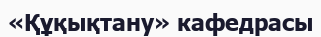
«Құқықтану» кафедрасы